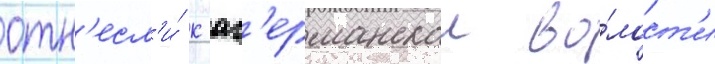
отн'есл'и́ к аг'ерманскои во́лост'и